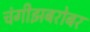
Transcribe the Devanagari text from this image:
चंगीझबरोबर